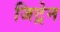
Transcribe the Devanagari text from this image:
जिट्रेन